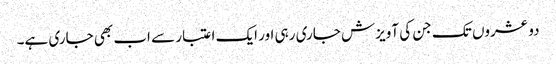
دو عشروں تک جن کی آویزش جاری رہی اور ایک اعتبار سے اب بھی جاری ہے۔